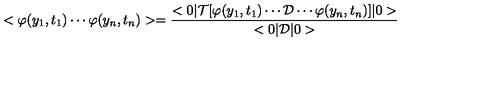
< \varphi ( y _ { 1 } , t _ { 1 } ) \cdots \varphi ( y _ { n } , t _ { n } ) > = \frac { < 0 | { \cal { T } } [ \varphi ( y _ { 1 } , t _ { 1 } ) \cdots { \cal { D } } \cdots \varphi ( y _ { n } , t _ { n } ) ] | 0 > } { < 0 | { \cal { D } } | 0 > }